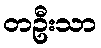
တဦးသာ